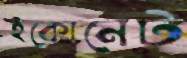
ইকোনেট